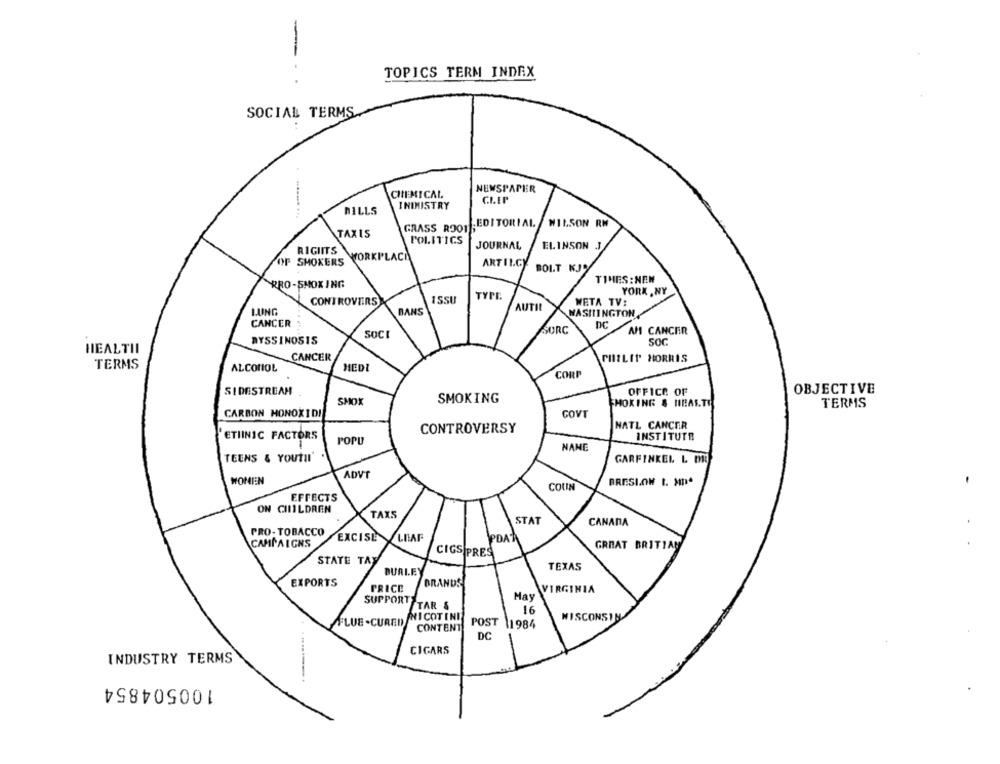
TOPICS TERM INDEX
-..
SOCIAL TERMS
NEWSPAPER
CHEMICAL
CLEP
ININISTRY
BILLS
GRASS ROOT ; EDITORIAL
WILSON RW
TAXIS
POLITICS
JOURNAL
ELINSON J
RIGIITS
OF SMOKERS
WORKPLACI
ARTILCY
BOLT KJY
TIMES : NEN
ARRO-SMOKING
YORK , NY
TYPE
CONTROVERS
ISSU
AUTIL
WETA TV:
LUNG
BANS
WASHINGTON
CANCER
SORC
DC
SOCI
NI CANCER
RYSSINOSIS
SOC
HEALTHI
CANCER
PHILIP MORRIS
TERMS
ALCOHOL
HEDI
CORP
SIDESTREAM
OBJECTIVE
OFFICE OF
SMOX
SMOKING
CHOKING & HHAS.TI
TERMS
CARBON MONOXIDE
GOVT
HATL CANCER
ETIINIC FACTORS
CONTROVERSY
INSTITUTE
POPU
NAME
TEENS & YOUTHI
GARFINKEL L M
ADVT
WONEN
PRESION I. MD^
.
COLIN
EFFECTS
ON CHILDREN
TAXS
STAT
CANADA
PRO-TOBACCO
CAMPAIGNS
EXCISE
LEAF
PDAT
GREAT BRITIAN
CIGS PRES
STATE TAY
TEXAS
BURLEY
EXPORTS
PRICE
BRANDS
VIRGINIA
Mas
SUPPORTS
STAR S
16
AFLUE-CURED NICOTINI
WISCONSIN
CONTENT
POST
11986
DC
-
CIGARS
INDUSTRY TERMS
100504854